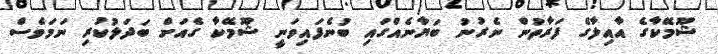
ޝޫމޭކާގެ އާއިލާގެ ފަރާތުން ނެރުނު ބަޔާނެއްގައި ބުނެފައިވަނީ ޝޫމޭކާ ގެއަށް ބަދަލުކުރި ނަމަވެސް